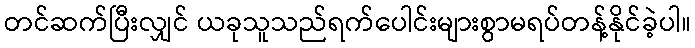
တင်ဆက်ပြီးလျှင် ယခုသူသည်ရက်ပေါင်းများစွာမရပ်တန့်နိုင်ခဲ့ပါ။